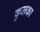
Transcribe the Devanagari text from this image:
कुलका